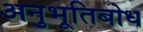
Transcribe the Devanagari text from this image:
अनुभूतिबोध